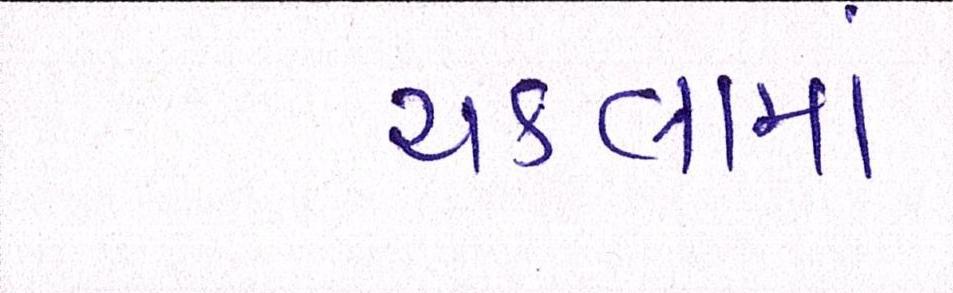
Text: ચકલામાં